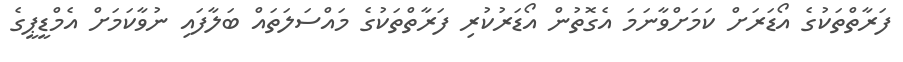
ފަރާތްތަކުގެ އޯޑަރަށް ކަމަށްވާނަމަ އެގޮތުން އޯޑަރުކުރި ފަރާތްތަކުގެ މައްސަލަތައް ބަލާފައި ނުވާކަމަށް އެމްޑީޕީގެ